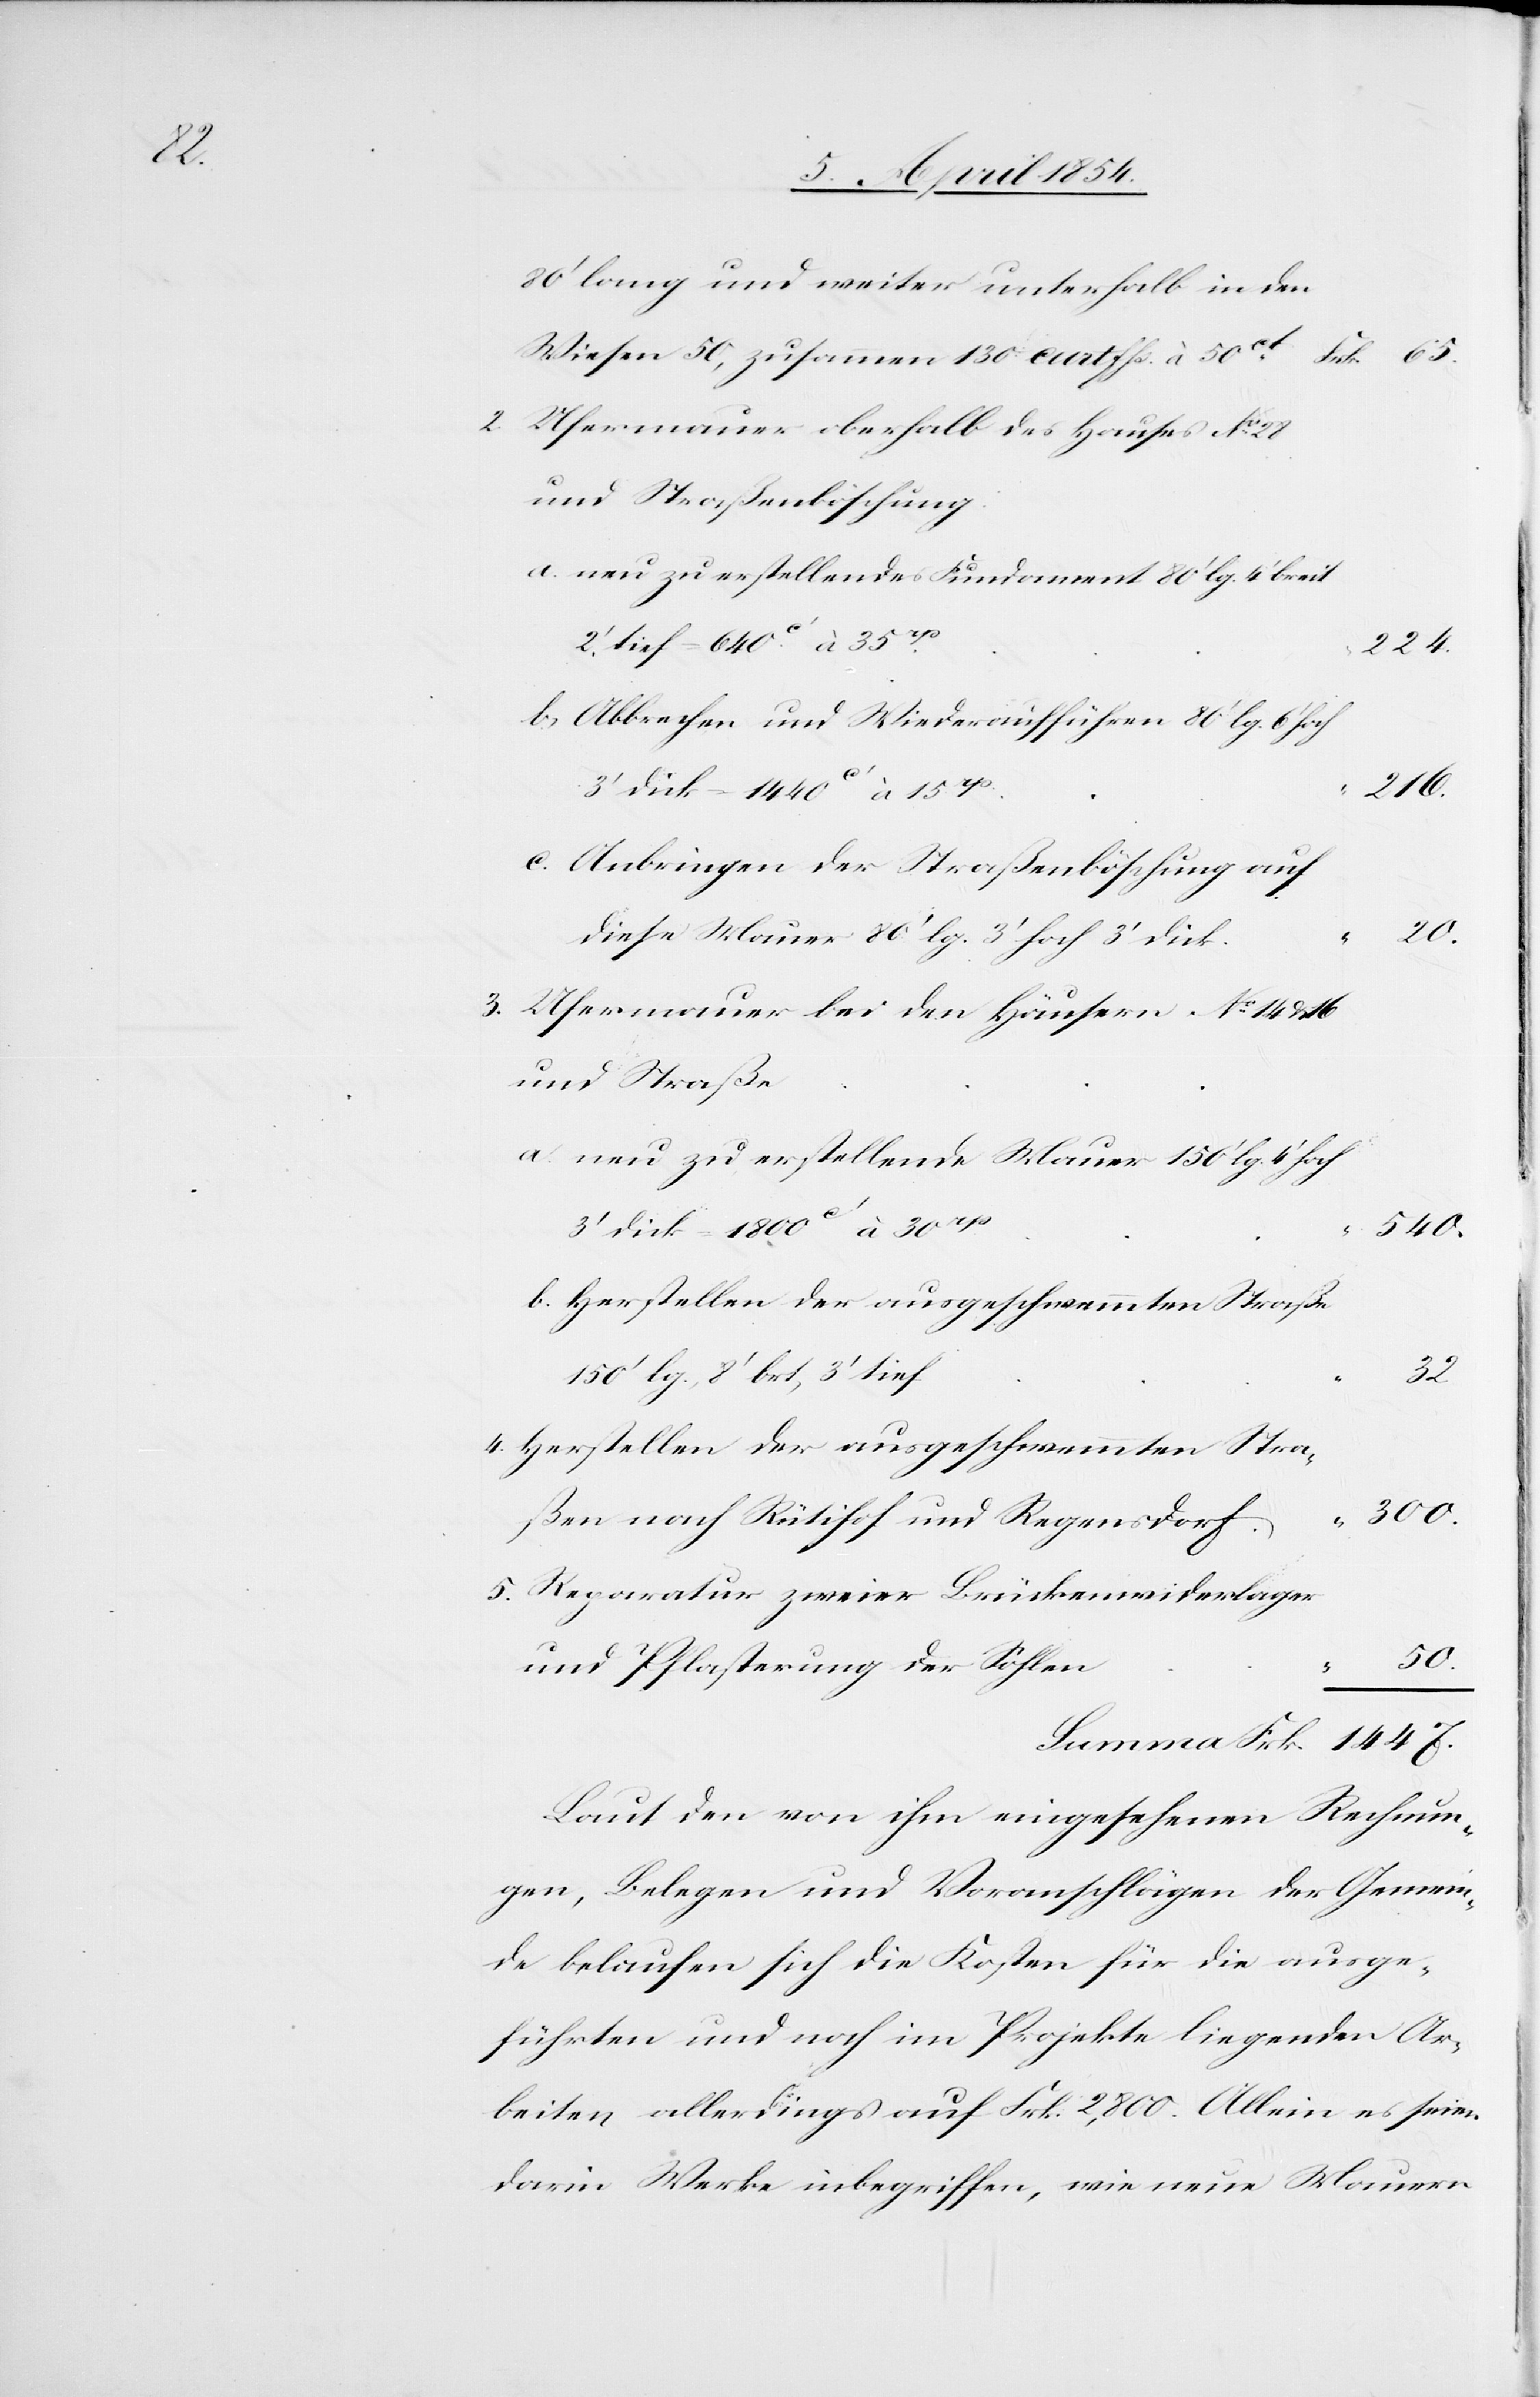
Frk.

3.

80‘ lang und weiter unterhalb in den
Wiesen 50, zusammen 130 cmtfhs. à 50ct
Ufermauer oberhalb des Hauses No
und Straßenböschung:
a. neu zu erstellendes Fundament 80‘ lg. 4‘ breit
2‘ tief = 640c‘ à 35rp
224.
b. Abbrechen und Wiederaufführen 80‘ lg. 6‘ hoch
3‘ dick = 1440c‘ à 15rp
1447.
Ufermauer bei den Häusern No 14 & 16
und Straße
a. neu zu erstellende Mauer 150‘ lg. 4‘ hoch
3‘ dick = 1800c‘ à 30rp
540.
b. Herstellen der ausgeschwemmten Straße
2.
150‘ lg., 8‘ brt, 3‘ tief
Herstellen der ausgeschwemmten Stra¬
300.
5.
ßen nach Rütihof und Regensdorf
Reparatur zweier Brückenwiderlager
50.
und Pflasterung der Sohlen
“
Laut den von ihm eingesehenen Rechnun¬
gen, Belegen und Voranschlägen der Gemein¬
de belaufen sich die Kosten für die ausge¬
führten und noch im Projekte liegenden Ar¬
beiten allerdings auf Frk. 2,800. Allein es seien
darin Werke inbegriffen, wie neue Mauern[,]